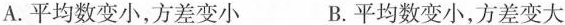
A. 平均数变小，方差变小 B. 平均数变小，方差变大